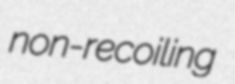
non-recoiling